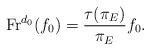
LaTeX: \begin{align*}\mathrm{Fr}^{d_0}(f_0) = \frac{\tau(\pi_E)}{\pi_E}f_0.\end{align*}